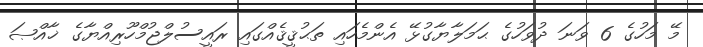
މޭ މަހުގެ 6 ވަނަ ދުވަހުގެ ޙަމަލާޔާގުޅޭ އެންމެހައި ތަޙުޤީޤެއްގައި ރައީސުލްޖުމްހޫރިއްޔާގެ ޚާއްޞަ